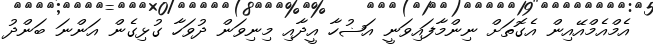
އެމްއެމްއޭއިން އެގޮތަށް ނިންމާފައިވަނީ އަޟުހާ އީދާއި މިނިވަން ދުވަހާ ގުޅިގެން އަންނަ ބަންދު